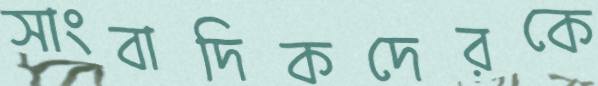
সাংবাদিকদেরকে